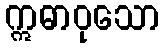
ဣဓာဝုသော